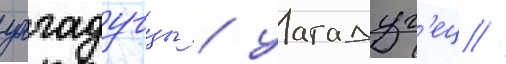
уагадугцы / уагадуг'ец //